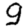
Digit: 9